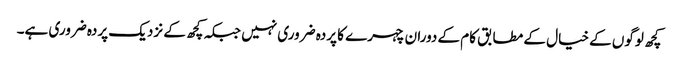
کچھ لوگوں کے خیال کے مطابق کام کے دوران چہرے کا پردہ ضروری نہیں جبکہ کچھ کے نزدیک پردہ ضروری ہے۔